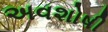
અવશોષી